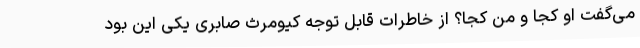
می‌گفت او کجا و من کجا؟ از خاطرات قابل توجه کیومرث صابری یکی این بود